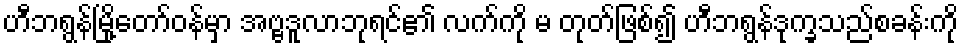
ဟီဘရွန်မြို့တော်ဝန်မှာ အဗ္ဗဒူလာဘုရင်၏ လက်ကို မ တုတ်ဖြစ်၍ ဟီဘရွန်ဒုက္ခသည်စခန်းကို